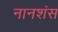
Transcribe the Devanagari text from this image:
नानशंस